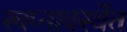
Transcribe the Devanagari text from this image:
स्वप्नावस्थेंत